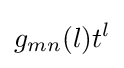
g_{mn}(l)t^{l}